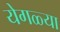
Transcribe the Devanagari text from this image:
येगळ्या